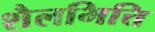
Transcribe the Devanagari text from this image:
शैलभित्ति